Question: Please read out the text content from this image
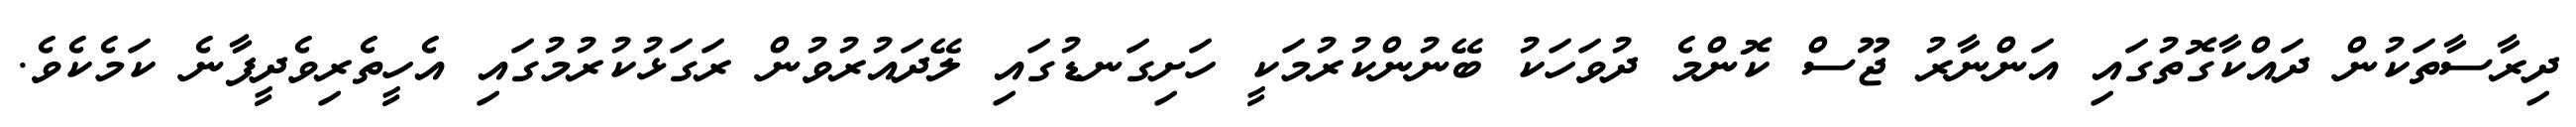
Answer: ދިރާސާތަކުން ދައްކާގޮތުގައި އަންނާރު ޖޫސް ކޮންމެ ދުވަހަކު ބޭނުންކުރުމަކީ ހަށިގަނޑުގައި ލޭދައުރުވުން ރަގަޅުކުރުމުގައި އެހީތެރިވެދީފާނެ ކަމެކެވެ.